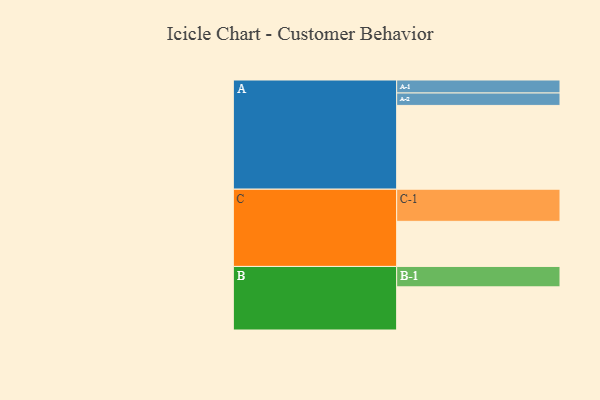
{"axis": {"x": "Segment", "y": "Value"}, "legend": ["", "A", "B", "C"], "data": [{"x": "A", "y": 600, "type": ""}, {"x": "B", "y": 309, "type": ""}, {"x": "C", "y": 323, "type": ""}, {"x": "A-1", "y": 93, "type": "A"}, {"x": "A-2", "y": 89, "type": "A"}, {"x": "B-1", "y": 146, "type": "B"}, {"x": "C-1", "y": 230, "type": "C"}]}